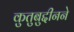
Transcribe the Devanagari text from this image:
कुतुबुद्दीनने